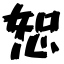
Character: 恕